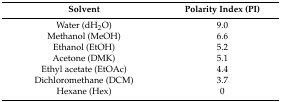
<table><thead><tr><td><b>Solvent</b></td><td><b>Polarity Index (PI)</b></td></tr></thead><tbody><tr><td>Water (dH<sub>2</sub>O)</td><td>9.0</td></tr><tr><td>Methanol (MeOH)</td><td>6.6</td></tr><tr><td>Ethanol (EtOH)</td><td>5.2</td></tr><tr><td>Acetone (DMK)</td><td>5.1</td></tr><tr><td>Ethyl acetate (EtOAc)</td><td>4.4</td></tr><tr><td>Dichloromethane (DCM)</td><td>3.7</td></tr><tr><td>Hexane (Hex)</td><td>0</td></tr></tbody></table>